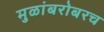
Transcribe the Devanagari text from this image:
मुळांबरोबरच